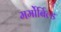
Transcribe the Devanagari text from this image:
मर्मोर्बिल्ड